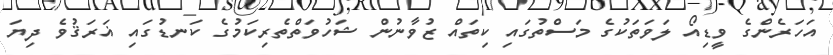
އަހަރެންގެ ވީޑިއޯ ލަވަތަކުގެ މަސްތުގައި ކިތައް ޒުވާނުން ޝަހުވަތްތެރިކަމުގެ ކަނޑުގައި ޣަރަޤުވެ ދިޔަ